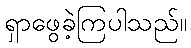
ရှာဖွေခဲ့ကြပါသည်။